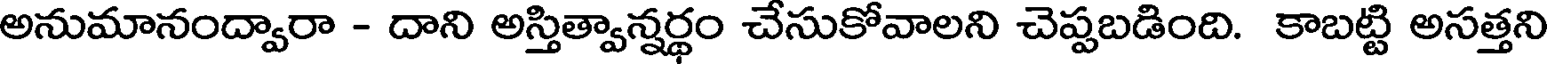
అనుమానంద్వారా - దాని అస్తిత్వాన్నర్థం చేసుకోవాలని చెప్పబడింది. కాబట్టి అసత్తని